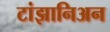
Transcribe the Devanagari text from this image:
टांझानिअन